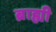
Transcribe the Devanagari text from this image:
ब्राह्यी